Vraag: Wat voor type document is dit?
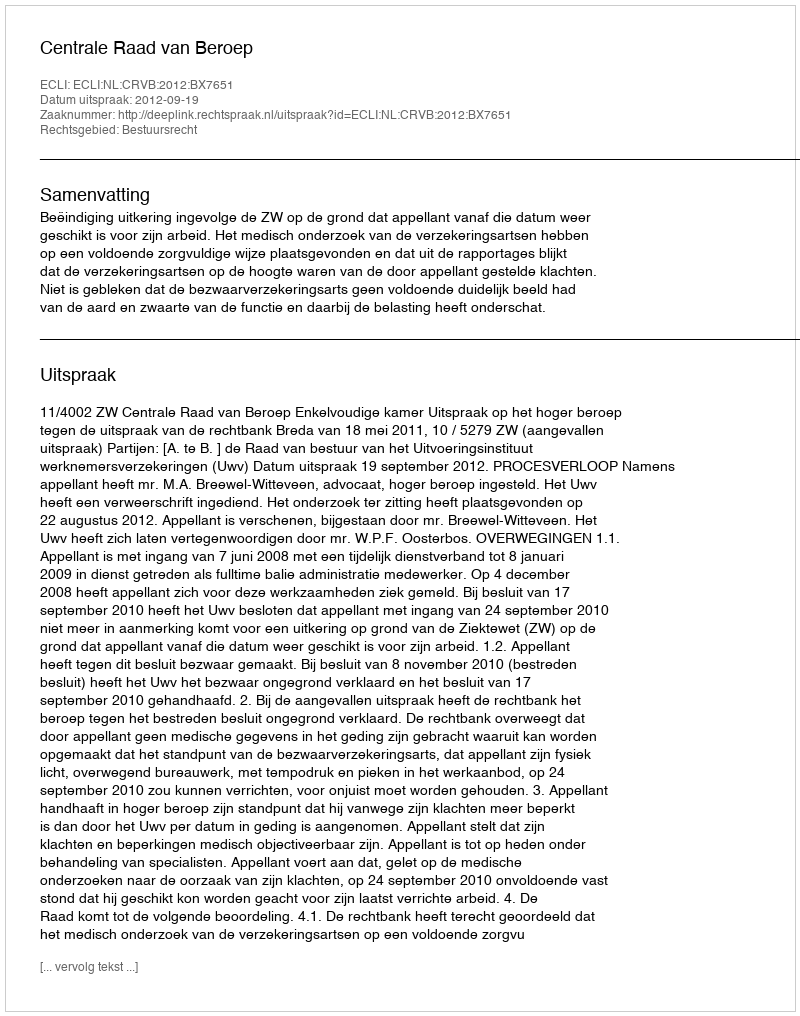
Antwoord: Uitspraak